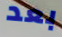
بعد